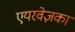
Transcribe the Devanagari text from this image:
एयरवेज़का